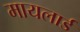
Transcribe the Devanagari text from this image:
मायलार्ड